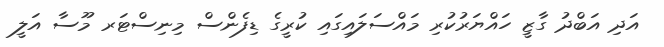
އަދި އަބްދު ގާޒީ ހައްޔަރުކުރި މައްސަލައިގައި ކުރީގެ ޑިފެންސް މިނިސްޓަރ މޫސާ އަލީ